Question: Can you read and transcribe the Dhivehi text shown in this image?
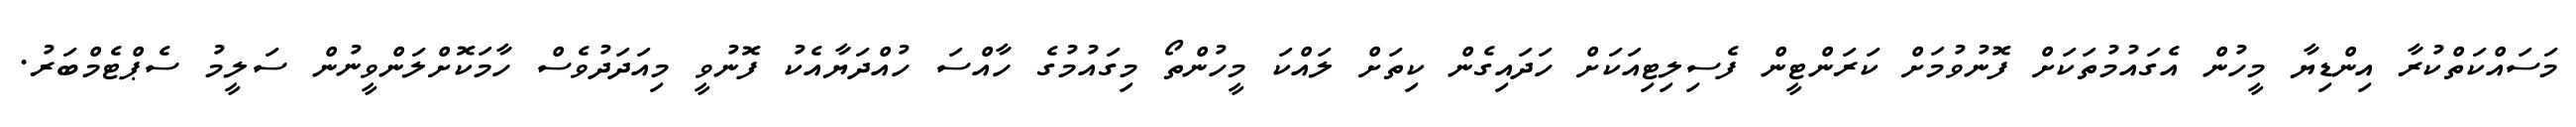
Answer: މަސައްކަތްކުރާ އިންޑިޔާ މީހުން އެގައުމުތަކަށް ފޮނުވުމަށް ކަރަންޓީން ފެސިލިޓިއަކަށް ހަދައިގެން ކިތަށް ލައްކަ މީހުންތޯ މިގައުމުގެ ހާއްސަ ހުއްދަޔާއެކު ފޮނުވީ މިއަދަދުވެސް ހާމަކޮށްލަންވީނުން ސަލީމު ސެޕްޓެމްބަރު.